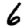
Digit: 6